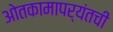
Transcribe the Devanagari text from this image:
ओतकामापर्यंतची